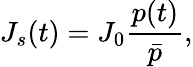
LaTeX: J_{s}(t)=J_{0}\frac{p(t)}{\bar{p}},